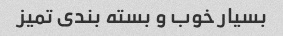
بسیار خوب و بسته بندی تمیز